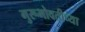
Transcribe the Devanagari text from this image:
गुरूभोवतीच्या